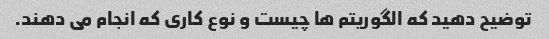
توضیح دهید که الگوریتم ها چیست و نوع کاری که انجام می دهند.